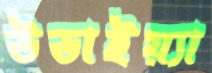
উডাইয়্যা